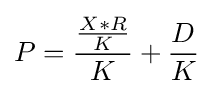
P={\frac {\frac {X*R}{K}}{K}}+{\frac {D}{K}}